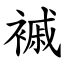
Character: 䙘